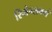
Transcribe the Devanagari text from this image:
रिमेन्सबर्ग